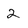
Character: 2